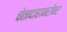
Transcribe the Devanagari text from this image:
चेतादाहाबरोबर